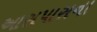
આસપાસના